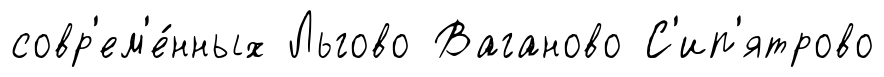
совр'ем'е́нных Льгово Ваганово С'ип'ятрово